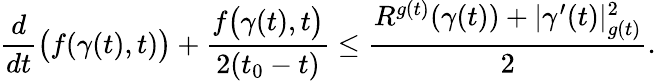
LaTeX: {\frac{d}{dt}}{\big(}f(\gamma(t),t){\big)}+{\frac{f{\big(}\gamma(t),t{\big)}}{2(t_{0}-t)}}\leq{\frac{R^{g(t)}(\gamma(t))+|\gamma^{\prime}(t)|_{g(t)}^{2}}{2}}.